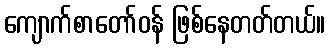
ကျောက်စာတော်ဝန် ဖြစ်နေတတ်တယ်။